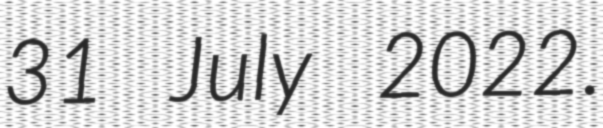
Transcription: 31 July 2022.